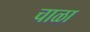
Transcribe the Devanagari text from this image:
चाळा